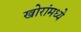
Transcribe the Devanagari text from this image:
खोरांमध्ये